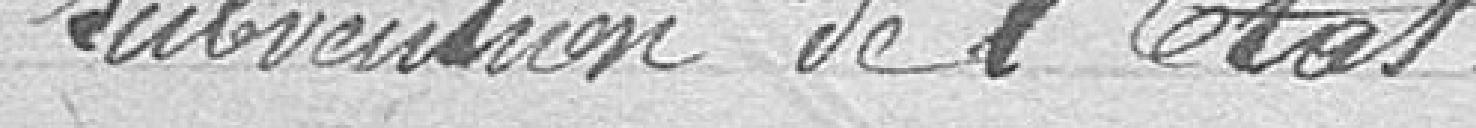
Subvention de l'Etat